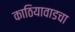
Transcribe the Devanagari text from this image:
काठियावाडचा